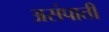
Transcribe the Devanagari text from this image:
असंपाती